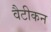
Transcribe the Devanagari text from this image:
वैटीकन